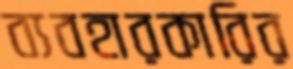
ব্যবহারকারির